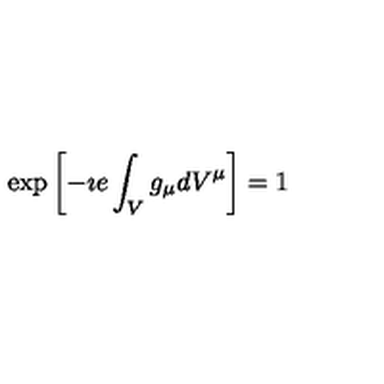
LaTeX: \exp \left[ - \imath e \int _ { V } g _ { \mu } d V ^ { \mu } \right] = 1